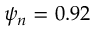
\psi _ { n } = 0 . 9 2